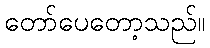
တော်ပေတော့သည်။